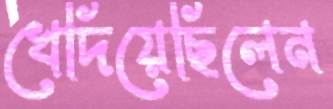
খেদিয়েছিলেন